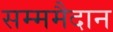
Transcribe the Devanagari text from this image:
सम्ममैदान